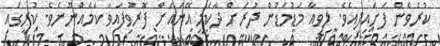
ކުރެވެން ފަށައިފިއެވެ. ލިވިއާ މަޑުމަޑުން ދުރަށް ދާކަމީ އޭނައަށް ފޮރުވިފައިވާ ކަމެއްނޫނެވެ. ކުރީގައި